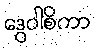
ဒွေဝါစိကာ